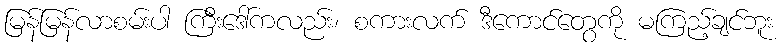
မြန်မြန်လာစမ်းပါ ကြီးဒေါ်ကလည်း၊ စကားလက် ဒီကောင်တွေကို မကြည့်ချင်ဘူး